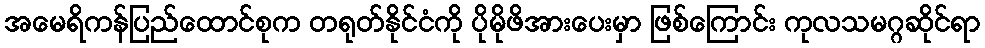
အမေရိကန်ပြည်ထောင်စုက တရုတ်နိုင်ငံကို ပိုမိုဖိအားပေးမှာ ဖြစ်ကြောင်း ကုလသမဂ္ဂဆိုင်ရာ